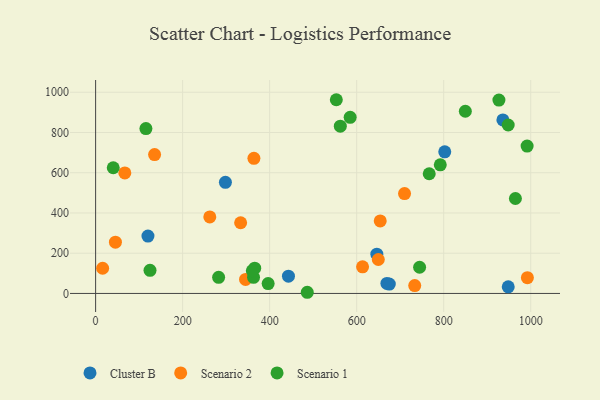
{"axis": {"x": "Study Hours", "y": "Demand"}, "legend": ["Cluster B", "Scenario 1", "Scenario 2"], "data": [{"x": "646.3", "y": 195.3, "type": "Cluster B"}, {"x": "948.3", "y": 33.0, "type": "Cluster B"}, {"x": "675.0", "y": 46.6, "type": "Cluster B"}, {"x": "802.4", "y": 703.9, "type": "Cluster B"}, {"x": "669.4", "y": 49.6, "type": "Cluster B"}, {"x": "120.3", "y": 285.3, "type": "Cluster B"}, {"x": "443.2", "y": 85.6, "type": "Cluster B"}, {"x": "936.0", "y": 862.4, "type": "Cluster B"}, {"x": "298.3", "y": 552.1, "type": "Cluster B"}, {"x": "333.3", "y": 351.4, "type": "Scenario 2"}, {"x": "16.1", "y": 125.1, "type": "Scenario 2"}, {"x": "613.5", "y": 132.3, "type": "Scenario 2"}, {"x": "135.5", "y": 690.2, "type": "Scenario 2"}, {"x": "344.6", "y": 69.6, "type": "Scenario 2"}, {"x": "262.4", "y": 380.2, "type": "Scenario 2"}, {"x": "710.0", "y": 496.3, "type": "Scenario 2"}, {"x": "363.8", "y": 671.7, "type": "Scenario 2"}, {"x": "654.1", "y": 360.4, "type": "Scenario 2"}, {"x": "67.1", "y": 599.1, "type": "Scenario 2"}, {"x": "992.3", "y": 78.3, "type": "Scenario 2"}, {"x": "733.4", "y": 38.9, "type": "Scenario 2"}, {"x": "45.5", "y": 254.7, "type": "Scenario 2"}, {"x": "649.7", "y": 168.7, "type": "Scenario 2"}, {"x": "991.7", "y": 732.4, "type": "Scenario 1"}, {"x": "553.2", "y": 962.9, "type": "Scenario 1"}, {"x": "282.7", "y": 80.3, "type": "Scenario 1"}, {"x": "365.6", "y": 125.7, "type": "Scenario 1"}, {"x": "125.0", "y": 115.1, "type": "Scenario 1"}, {"x": "562.4", "y": 831.4, "type": "Scenario 1"}, {"x": "948.2", "y": 837.2, "type": "Scenario 1"}, {"x": "744.6", "y": 130.2, "type": "Scenario 1"}, {"x": "115.6", "y": 819.4, "type": "Scenario 1"}, {"x": "362.9", "y": 79.9, "type": "Scenario 1"}, {"x": "964.8", "y": 472.0, "type": "Scenario 1"}, {"x": "396.5", "y": 49.1, "type": "Scenario 1"}, {"x": "792.1", "y": 639.4, "type": "Scenario 1"}, {"x": "40.5", "y": 624.7, "type": "Scenario 1"}, {"x": "360.1", "y": 112.7, "type": "Scenario 1"}, {"x": "486.4", "y": 5.8, "type": "Scenario 1"}, {"x": "766.7", "y": 594.9, "type": "Scenario 1"}, {"x": "585.0", "y": 875.2, "type": "Scenario 1"}, {"x": "926.9", "y": 961.4, "type": "Scenario 1"}, {"x": "849.7", "y": 905.6, "type": "Scenario 1"}]}